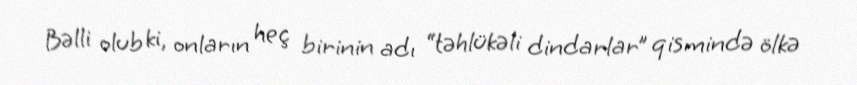
Bəlli olub ki, onların heç birinin adı “təhlükəli dindarlar” qismində ölkə